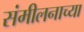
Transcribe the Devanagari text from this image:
संमीलनाच्या